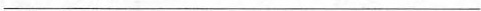
___